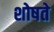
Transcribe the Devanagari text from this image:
शोषते